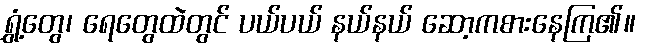
ရွှံ့တွေ၊ ရေတွေထဲတွင် ပယ်ပယ် နယ်နယ် ဆော့ကစားနေကြ၏။